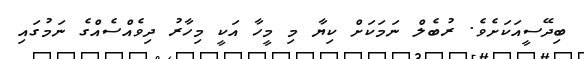
ބިދޭސީއަކަށެވެ. ރުބެލް ނަމަކަށް ކިޔާ މި މީހާ އަކީ މިހާރު ދިވެއްސެއްގެ ނަމުގައި